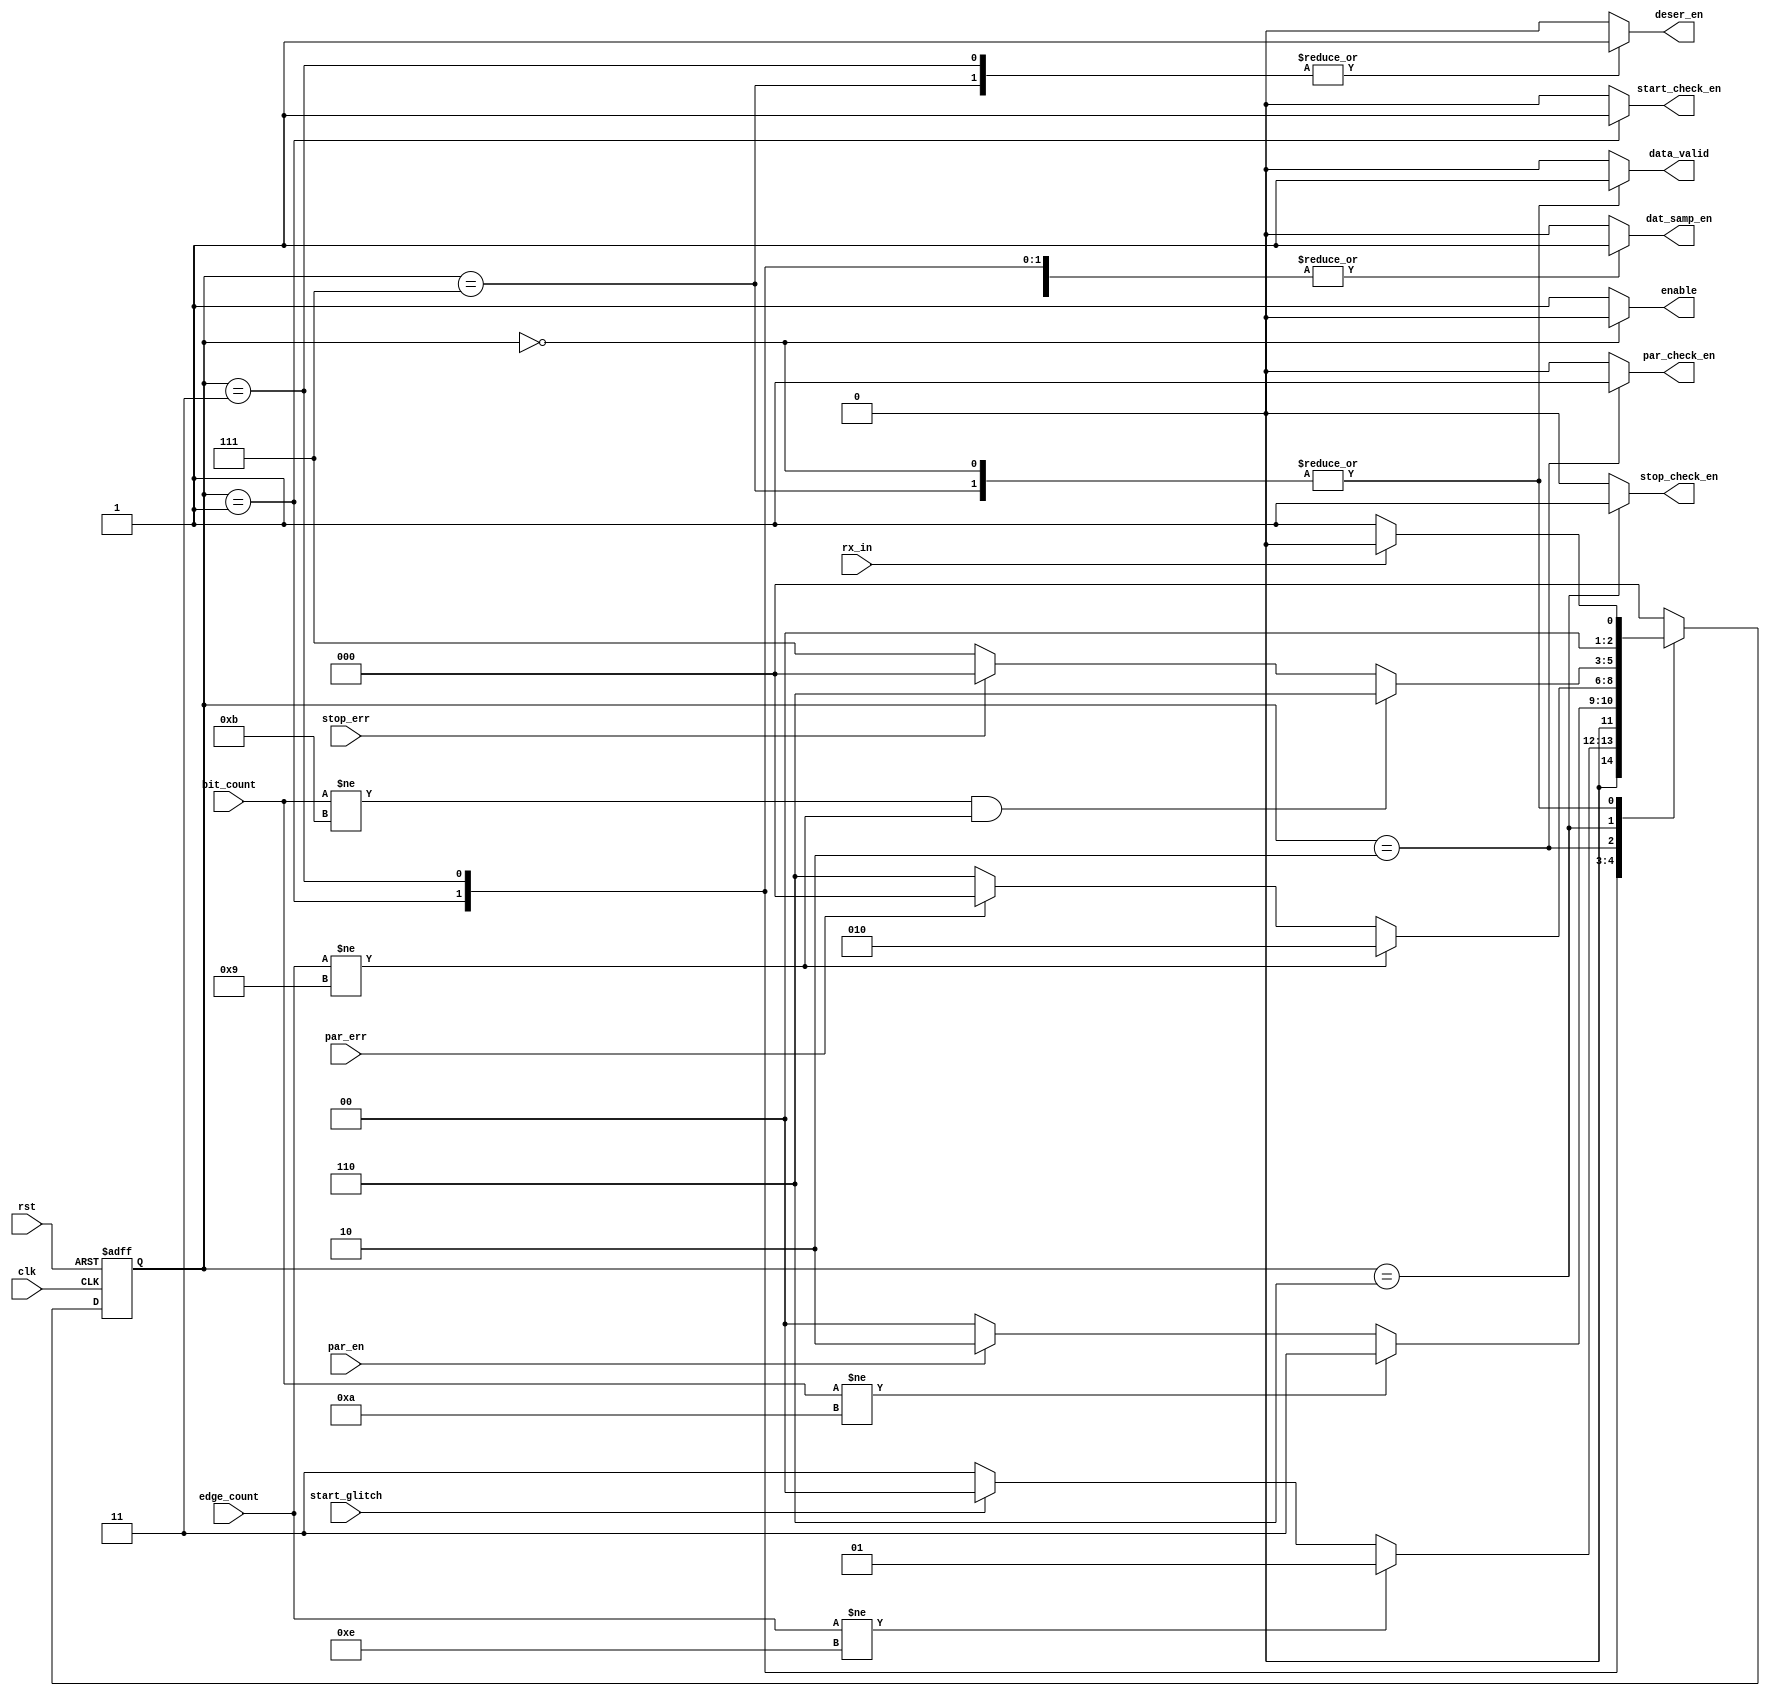
module FSM_UART_RX (
  input clk , rst           ,
  input wire par_en         ,
  input wire rx_in          ,
  input wire par_err        ,                    // PARITY CHECK BLOCK
  input wire start_glitch   ,                    // START  CHECK BLOCK
  input wire stop_err       ,                    // STOP   CHECK BLOCK
  input wire [3:0] bit_count,                    // EDGE   BIT COUNTER
  input wire [5:0] edge_count,                   // EDGE   BIT COUNTER
  output reg par_check_en   ,                    // PARITY CHECK BLOCK
  output reg start_check_en ,                    // START  CHECK BLOCK
  output reg stop_check_en  ,                    // STOP   CHECK BLOCK
  output reg data_valid     ,                    // EQUAL 1 IN CORRECT CASE FOR ONE CLOCK CYCLE
  output reg deser_en       ,                    // DESERIALIZER BLOCK 
  output reg enable         ,                    // EDGE BIT COUNTER
  output reg dat_samp_en                         // DATA_SAMPLING BLOCK
  ); 
  
  
  
// INTERNAL SIGNAL
  reg [2:0] curent_state , next_state ;          // FSM SIGNALS
  
  
  
// PARAMETERS
 localparam     ideal           = 3'b000,
                start_bit_check = 3'b001,
                deser_out       = 3'b011,
                par_bit_check   = 3'b010,
                stop_bit_check  = 3'b110,
                out_data        = 3'b111;         // AFTER CHECK STOP ERR , PAR ERR = 0
             
                
                
// STATE TRANZITION            
always @(posedge clk or negedge rst)
begin 
     if(!rst)
             curent_state <= ideal;
     else
             curent_state <= next_state;
end


// NEXT STATE LOGIC 
always @(*)
begin
      case (curent_state)
        ideal             : begin 
                                  if (rx_in)
                                     next_state = ideal             ;
                                  else
                                     next_state = start_bit_check   ;
                            end


        start_bit_check   : begin
                                  if (edge_count != 'd14)
                                     next_state = start_bit_check   ;
                                   else if (!start_glitch)
                                     next_state = deser_out         ;
                                   else
                                     next_state = ideal             ;
                            end
                            
                            
        deser_out         : begin
                                  if (bit_count != 'd10 )
                                     next_state = deser_out         ;
                                   else if (par_en)
                                      next_state = par_bit_check    ;
                                   else
                                      next_state = ideal            ;
                            end
                      
    
        par_bit_check     : begin 
                                  if (edge_count != 'd9 )
                                     next_state = par_bit_check    ; 
                                   else if (par_err)
                                     next_state = ideal            ;
                                   else
                                     next_state = stop_bit_check   ;
                            end                    
                      
        stop_bit_check    : begin  
                                  if (bit_count != 'd11 && edge_count != 'd9)
                                      next_state = stop_bit_check  ;
                                  else if (stop_err)
                                     next_state = ideal            ; 
                                  else 
                                     next_state = out_data         ; 
                            end        
                            
                            
        out_data          : begin
                                   if (!rx_in )
                                     next_state = start_bit_check  ; 
                                  else
                                    next_state = ideal             ; 
                            end
                            
                            
        default           : begin
                                     next_state = ideal            ; 
                            end  
                                     
    endcase
end
  
// OUTPUT LOGIC

always @(*)
begin
par_check_en   = 'b0;
start_check_en = 'b0;  
stop_check_en  = 'b0;
data_valid     = 'b0;
deser_en       = 'b0;
enable         = 'b1;
dat_samp_en    = 'b1;
  
      case (curent_state)
         ideal            : begin
                                   par_check_en   = 'b0;
                                   start_check_en = 'b0;  
                                   stop_check_en  = 'b0;
                                   data_valid     = 'b1;
                                   deser_en       = 'b0;
                                   enable         = 'b0;
                                   dat_samp_en    = 'b1;
                            end
                            
                                            
        start_bit_check   : begin 
                                   start_check_en = 'b1;
                            end
                            
                            
        deser_out         : begin 
                                   deser_en       = 'b1;
                            end
                                  
                                  
        par_bit_check     : begin 
                                   par_check_en   = 'b1;                           
                            end 
                            
        stop_bit_check    : begin 
                                   stop_check_en  = 'b1;
                            end     
                            
        out_data          : begin
                                   data_valid       = 'b1;
                                   deser_en         = 'b1; 
                            end
                                      
        default           : begin
                                   par_check_en   = 'b0;
                                   start_check_en = 'b0;  
                                   stop_check_en  = 'b0;
                                   data_valid     = 'b0;
                                   deser_en       = 'b0;
                                   enable         = 'b1;
                                   dat_samp_en    = 'b0;             
                            end
      endcase
end
endmodule